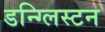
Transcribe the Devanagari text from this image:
डन्ग्लिस्टन